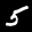
Label: 5